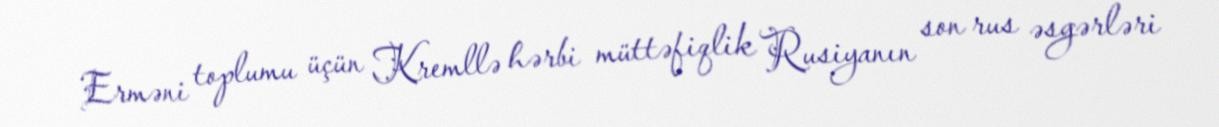
Erməni toplumu üçün Kremllə hərbi müttəfiqlik Rusiyanın son rus əsgərləri